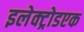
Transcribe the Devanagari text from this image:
इलेक्ट्रोडएक